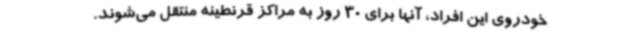
خودروی این افراد، آنها برای 30 روز به مراکز قرنطینه منتقل می‌شوند.